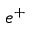
e ^ { + }